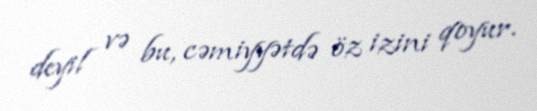
deyil və bu, cəmiyyətdə öz izini qoyur.